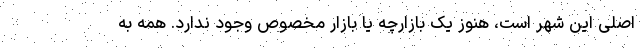
اصلی این شهر است، هنوز یک بازارچه یا بازار مخصوص وجود ندارد. همه به